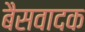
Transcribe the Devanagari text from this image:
बैसवादक